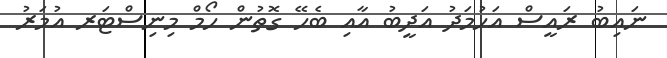
ނައިބު ރައީސް އަހުމަދު އަދީބު އާއި ބެހޭ ގޮތުން ހޯމް މިނިސްޓަރ އުމަރު